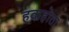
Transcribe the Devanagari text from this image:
हवाहोता